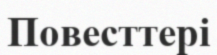
Повесттері